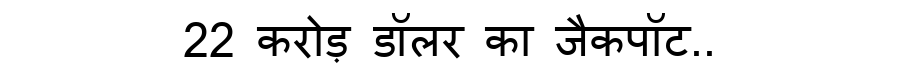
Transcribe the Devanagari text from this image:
22 करोड़ डॉलर का जैकपॉट..